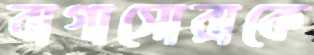
বাগাসোরাকে